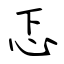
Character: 忑